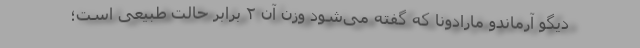
دیگو آرماندو مارادونا که گفته می‌شود وزن آن ۲ برابر حالت طبیعی است؛